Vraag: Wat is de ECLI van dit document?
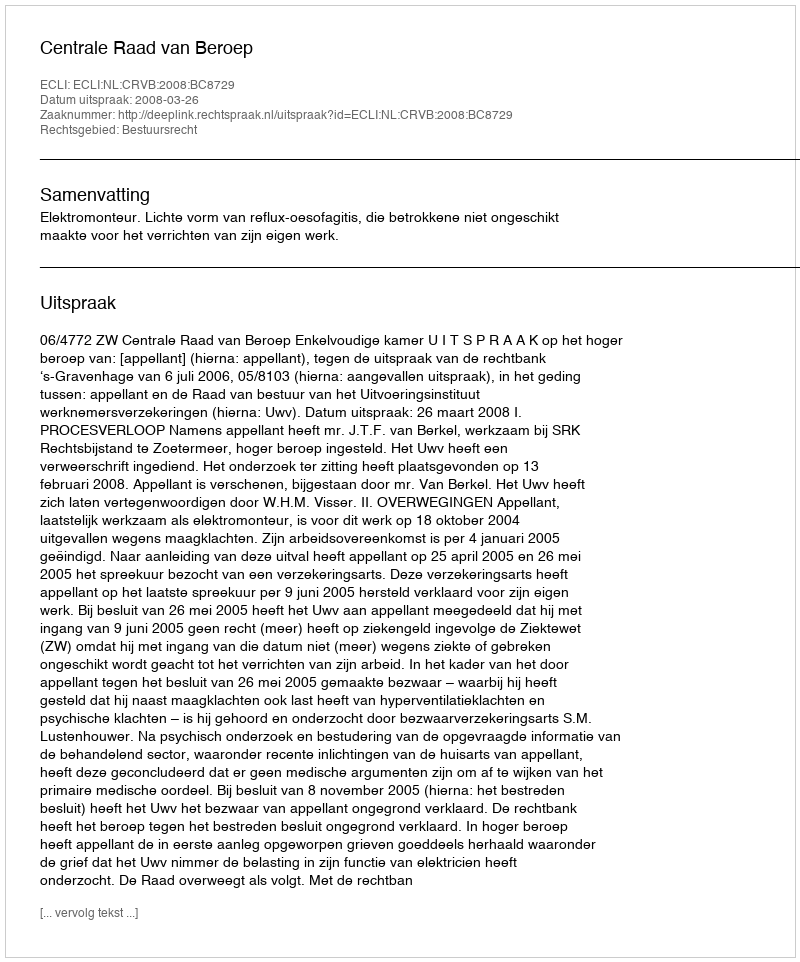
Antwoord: ECLI:NL:CRVB:2008:BC8729